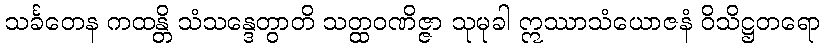
သင်္ခတေန ကထန္တိ သံသန္ဒေတွာတိ သတ္ထဝဏိဇ္ဇာ သုမုခါ ဣဿာသံယောဇနံ ဝိသိဋ္ဌတရော